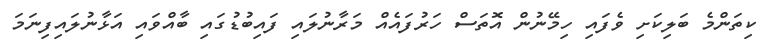
ކިތަންމެ ބަލިކަށި ވެފައި ހިމޭނުން އޮތަސް ހަރުފައެއް މަރާނުލައި ފައިބުޑުގައި ބާއްވައި އަޅާނުލައިފިނަމަ